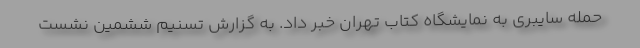
حمله سایبری به نمایشگاه کتاب تهران خبر داد. به گزارش تسنیم ششمین نشست